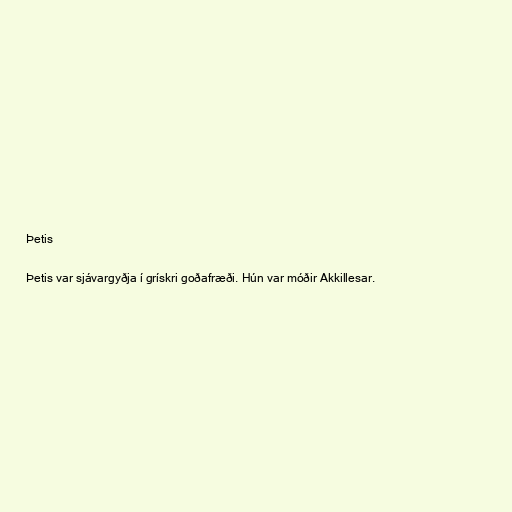
Þetis

Þetis var sjávargyðja í grískri goðafræði. Hún var móðir Akkillesar.